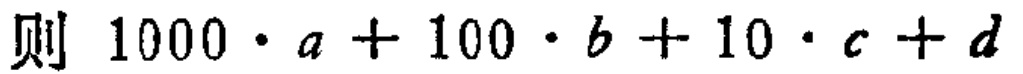
则 \(1000\cdot a + 100\cdot b + 10\cdot c + d\)